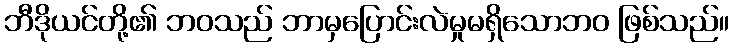
ဘီဒိုယင်တို့၏ ဘဝသည် ဘာမှပြောင်းလဲမှုမရှိသောဘဝ ဖြစ်သည်။